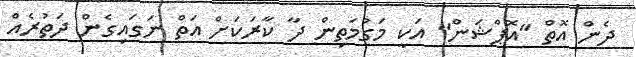
ދެން އޮތް "އޮޕްޝަން" އަކީ މަގުމަތިން ދާ ކާރަކަށް އަތް ނަގައިގެން ދަތުރެއް